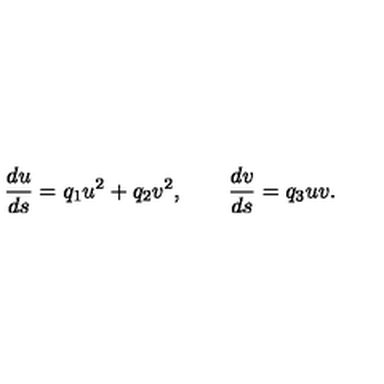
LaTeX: { \frac { d u } { d s } } = q _ { 1 } u ^ { 2 } + q _ { 2 } v ^ { 2 } , \qquad { \frac { d v } { d s } } = q _ { 3 } u v .